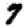
Digit: 7